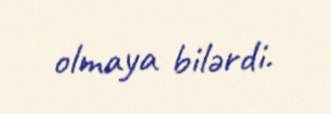
olmaya bilərdi.